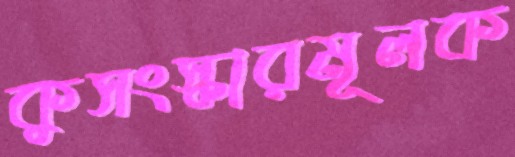
কুসংস্কারমূলক